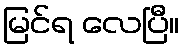
မြင်ရ လေပြီ။